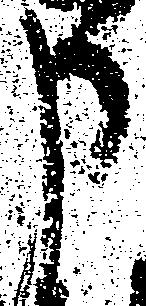
申